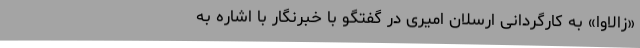
«زالاوا» به کارگردانی ارسلان امیری در گفتگو با خبرنگار با اشاره به